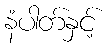
နံပါတ်နှင့်